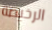
الرخيصة